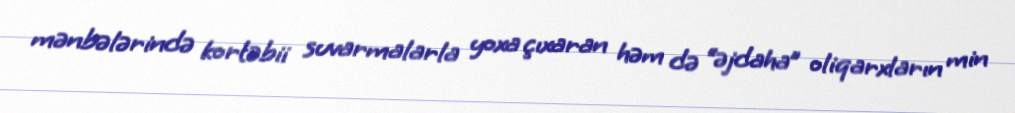
mənbələrində kortəbii suvarmalarla yoxa çıxaran həm də “əjdaha” oliqarxların min